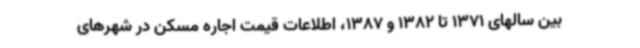
بین سالهای 1371 تا 1382 و 1387، اطلاعات قیمت اجاره مسکن در شهرهای